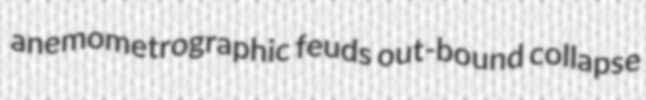
anemometrographic feuds out-bound collapse